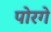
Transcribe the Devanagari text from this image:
पोरगे